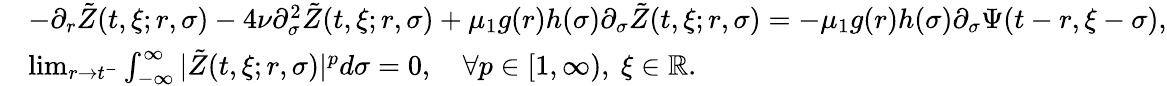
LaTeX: \begin{array}{rl}&{-\partial_{r}\tilde{Z}(t,\xi;r,\sigma)-4\nu\partial_{\sigma}^{2}\tilde{Z}(t,\xi;r,\sigma)+\mu_{1}g(r)h(\sigma)\partial_{\sigma}\tilde{Z}(t,\xi;r,\sigma)=-\mu_{1}g(r)h(\sigma)\partial_{\sigma}\Psi(t-r,\xi-\sigma),}\\ &{\operatorname*{lim}_{r\rightarrow t^{-}}\int_{-\infty}^{\infty}|\tilde{Z}(t,\xi;r,\sigma)|^{p}d\sigma=0,\quad\forall p\in[1,\infty),\ \xi\in\mathbb{R}.}\end{array}